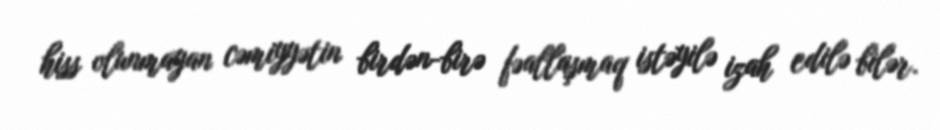
hiss olunmayan cəmiyyətin birdən-birə fəallaşmaq istəyilə izah edilə bilər.